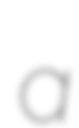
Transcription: a